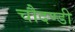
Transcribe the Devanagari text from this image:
चौदण्डी